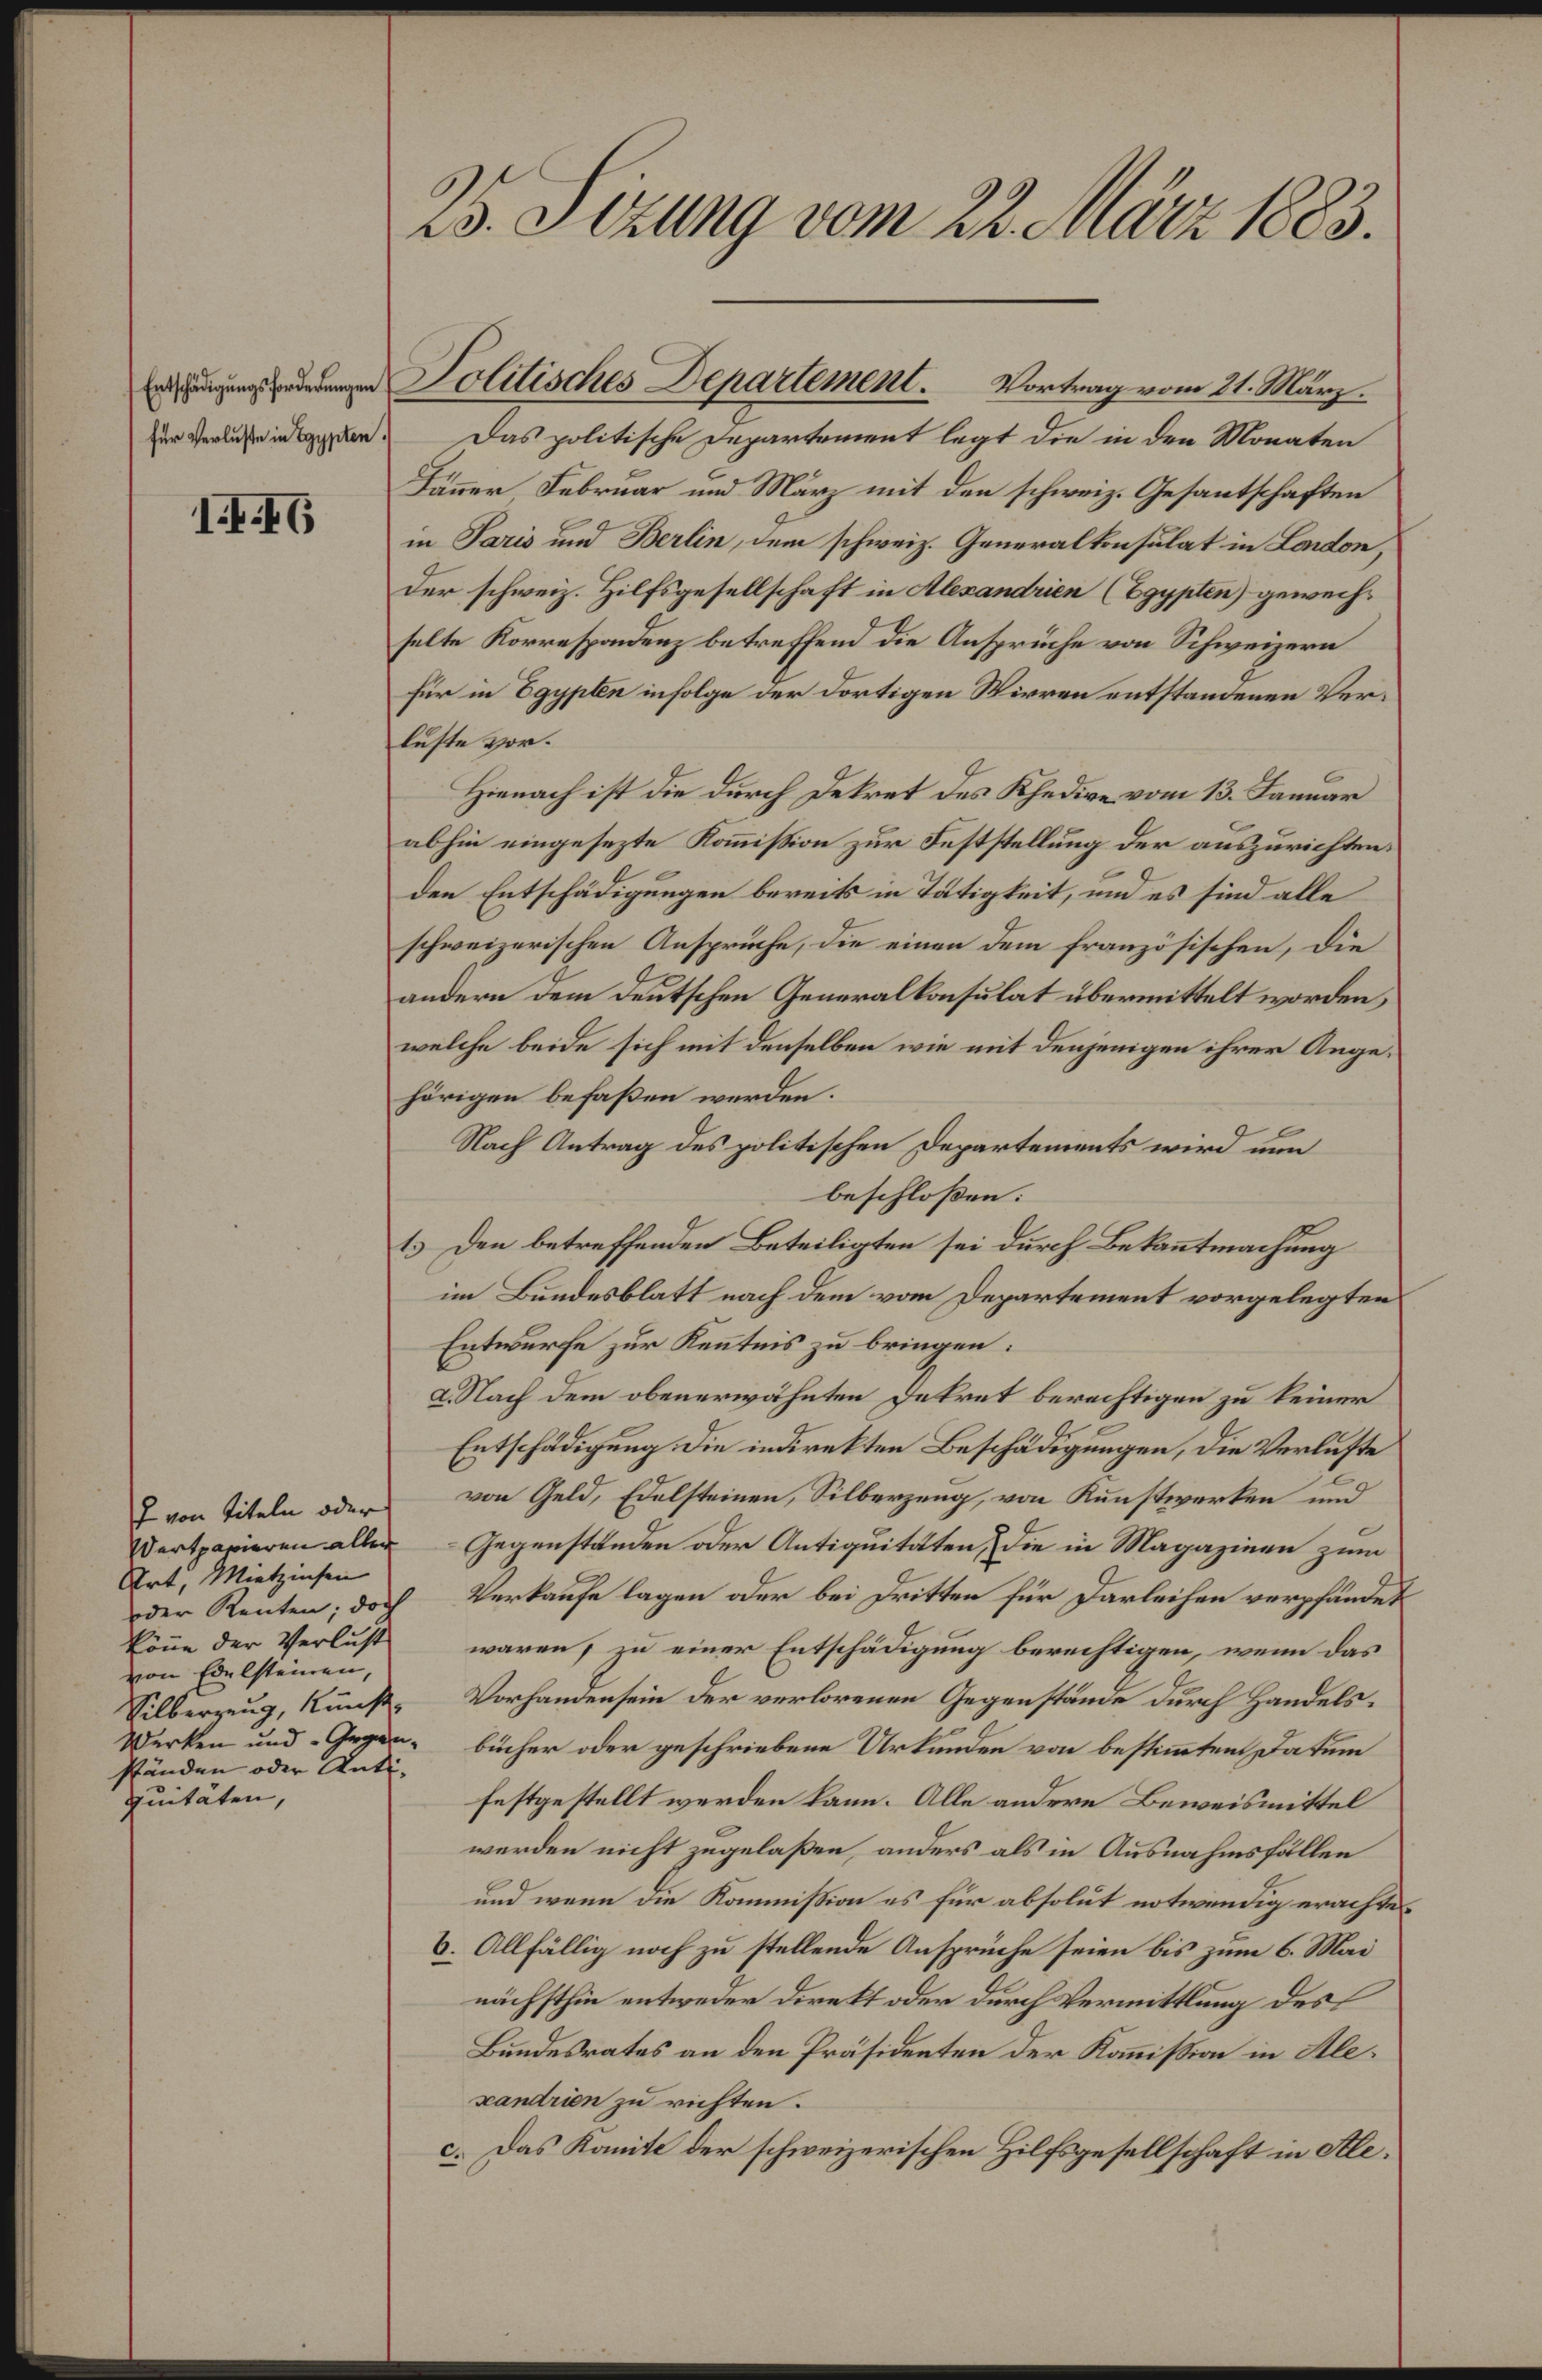
25. Sizung vom 22. März 1883.
Entschädigungsforderungen
für Verluste in Egypten.
1446
Politisches Departement. Vortrag vom 21. März.
Das politische Departement legt die in den Monaten
Jän̄er, Februar und März mit den schweiz. Gesantschaften
in Paris und Berlin, dem schweiz. Generalkonsulat in London,
der schweiz. Hilfsgesellschaft in Alexandrien (Egypten) gewech¬
selte Korrespondenz betreffend die Ansprüche von Schweizern
für in Egypten infolge der dortigen Wirren entstandenen Ver¬
luste vor.
Hienach ist die durch Dekret des Khedive vom 13. Januar
abhin eingesezte Kom̄ission zur Feststellung der auszurichten¬
den Entschädigungen bereits in Tätigkeit, und es sind alle
schweizerischen Ansprüche, die einen dem französischen, die
andern dem deutschen Generalkonsulat übermittelt worden,
welche beide sich mit denselben wie mit denjenigen ihrer Ange¬
hörigen befaßem werden.
Nach Antrag des politischen Departements wird nun
beschloßen:
1.) Den betreffenden Beteiligten sei durch Bekan̄tmachung
im Bundesblatt nach dem vom Departement vorgelegten
Entwurfe zur Ken̄tnis zu bringen:
a. Nach dem obenerwänten Dekret berechtigen zu keiner
Entschädigung die indirekten Beschädigungen, die Verluste
von Geld, Edelsteinen, Siberzeug, von Kunstwerken und
-Gegenständen oder Antiquitäten, die in Magazinen zum
Verkaufe lagen oder bei Dritten für Dergleichen verpfändet
waren, zu einer Entschädigung berechtigen, wenn das
Vorhandesein der verlorenen Gegenstände durch Handels-
bücher oder geschriebene Urkunden von bestim̄tem Datum
festgestellt werden kann. Alle andern Beweismittel
werden nicht zugelaßen, anders als in Ausnahmsfällen
und wenn die Kommission es für absolut notwendig erachte.
b. Allfällig noch zu stellende Ansprüche seien bis zum 6. Mai
nächsthin entweder direkt oder durch Vermittlung des
Bundesrates an den Präsidenten der Kom̄ission in Ale¬
xandrien zu richten.
c. Das Komité der schweizerischen Hilfsgesellschaft in Ale¬
von Titeln oder
Wertpapieren aller
Art, Mietzinsen
oder Renten; doch
kön̄̄e der Verlust
von Edelsteien,
Silberzeug, Kunst-
Werken und -Gegen¬
ständen oder Anti¬
quitäten,